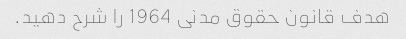
هدف قانون حقوق مدنی 1964 را شرح دهید.